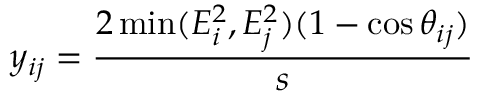
y _ { i j } = { \frac { 2 \operatorname * { m i n } ( E _ { i } ^ { 2 } , E _ { j } ^ { 2 } ) ( 1 - \cos \theta _ { i j } ) } { s } }